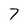
Character: 7